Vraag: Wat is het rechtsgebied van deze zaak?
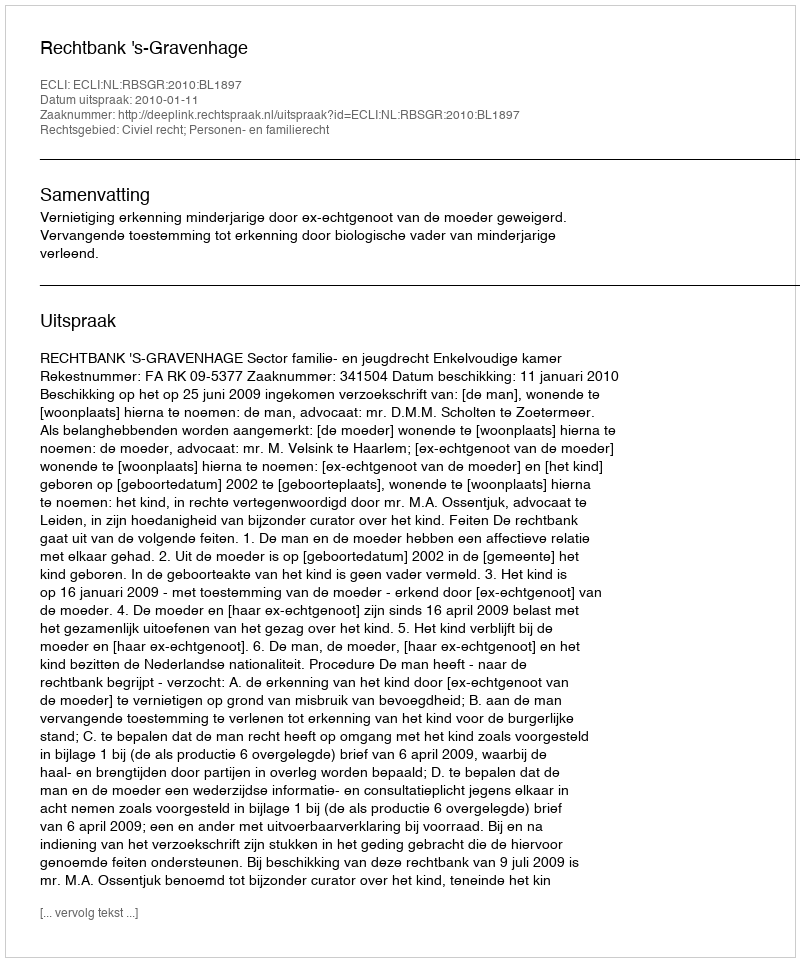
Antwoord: Civiel recht; Personen- en familierecht